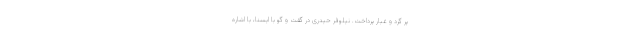
پر گرد و غبار پرداخت. نیلوفر حیدری در گفت و گو با ایسنا، با اشاره